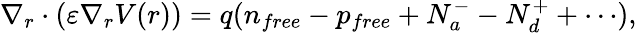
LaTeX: \nabla_{r}\cdot(\varepsilon\nabla_{r}V(r))=q(n_{free}-p_{free}+N_{a}^{-}-N_{d}^{+}+\cdots),